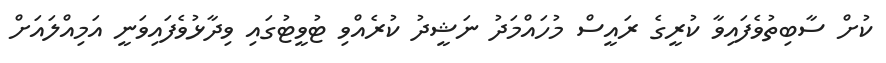
ކުށް ސާބިތުވެފައިވާ ކުރީގެ ރައީސް މުހައްމަދު ނަޝީދު ކުރެއްވި ޓުވީޓުގައި ވިދާޅުވެފައިވަނީ އަމިއްލައަށް